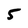
Character: 5